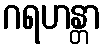
ဂရဟန္တာ